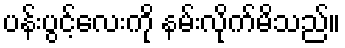
ပန်းပွင့်လေးကို နမ်းလိုက်မိသည်။